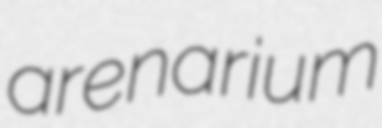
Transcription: arenarium